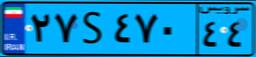
۸۷S۴۷۰۷۲